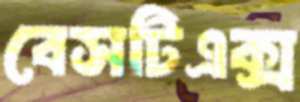
বেসটিএক্স